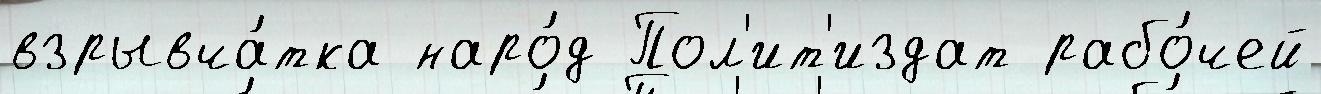
взрывча́тка наро́д Пол'ит'издат рабо́чей